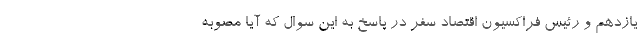
یازدهم و رئیس فراکسیون اقتصاد سفر در پاسخ به این سوال که آیا مصوبه